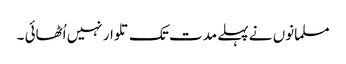
مسلمانوں نے پہلے مدت تک تلوار نہیں اُٹھائی ۔